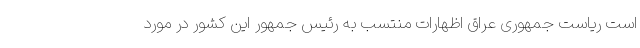
است ریاست جمهوری عراق اظهارات منتسب به رئیس جمهور این کشور در مورد